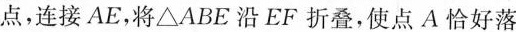
点，连接AE，将△ABE沿EF折叠，使点A恰好落